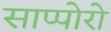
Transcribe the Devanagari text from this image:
साप्पोरो